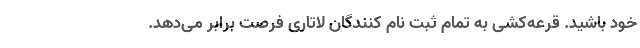
خود باشید. قرعه‌کشی به تمام ثبت نام کنندگان لاتاری فرصت برابر می‌دهد.